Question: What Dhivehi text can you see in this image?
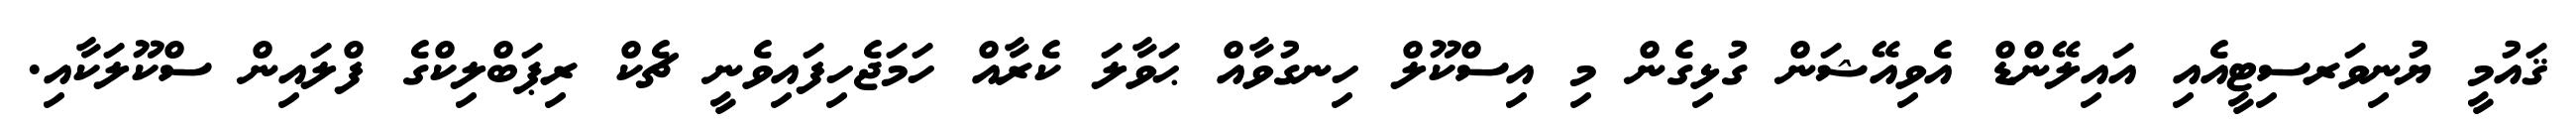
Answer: ޤައުމީ ޔުނިވަރސިޓީއެއި އައިލޭންޑް އެވިއޭޝަން ގުޅިގެން މި އިސްކޫލް ހިނގުވާއް ޙަވާލަ ކެރާއް ހަމަޖެހިފައިވެނީ ޗެކް ރިޕަބްލިކްގެ ފްލައިން ސްކޫލަކާއި.